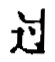
$\overline{风}$